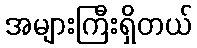
အများကြီးရှိတယ်